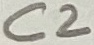
Text: C2